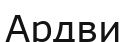
Ардви